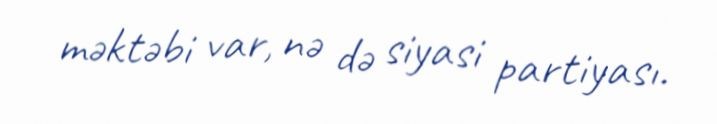
məktəbi var, nə də siyasi partiyası.